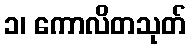
၁၊ ကောလိတသုတ်